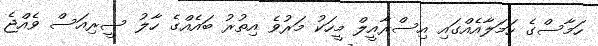
ހަމާސްގެ ހަމަލާއެއްގައި އިސްރާއީލް މީހަކު މަރުވެ އިތުރު ބައެއްގެ ހާލު ސީރިއަސް ވެއްޖެ